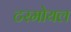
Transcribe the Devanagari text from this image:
टरमोयल